Eesti_Peakonsulaat_New_Yorgis, lk 33
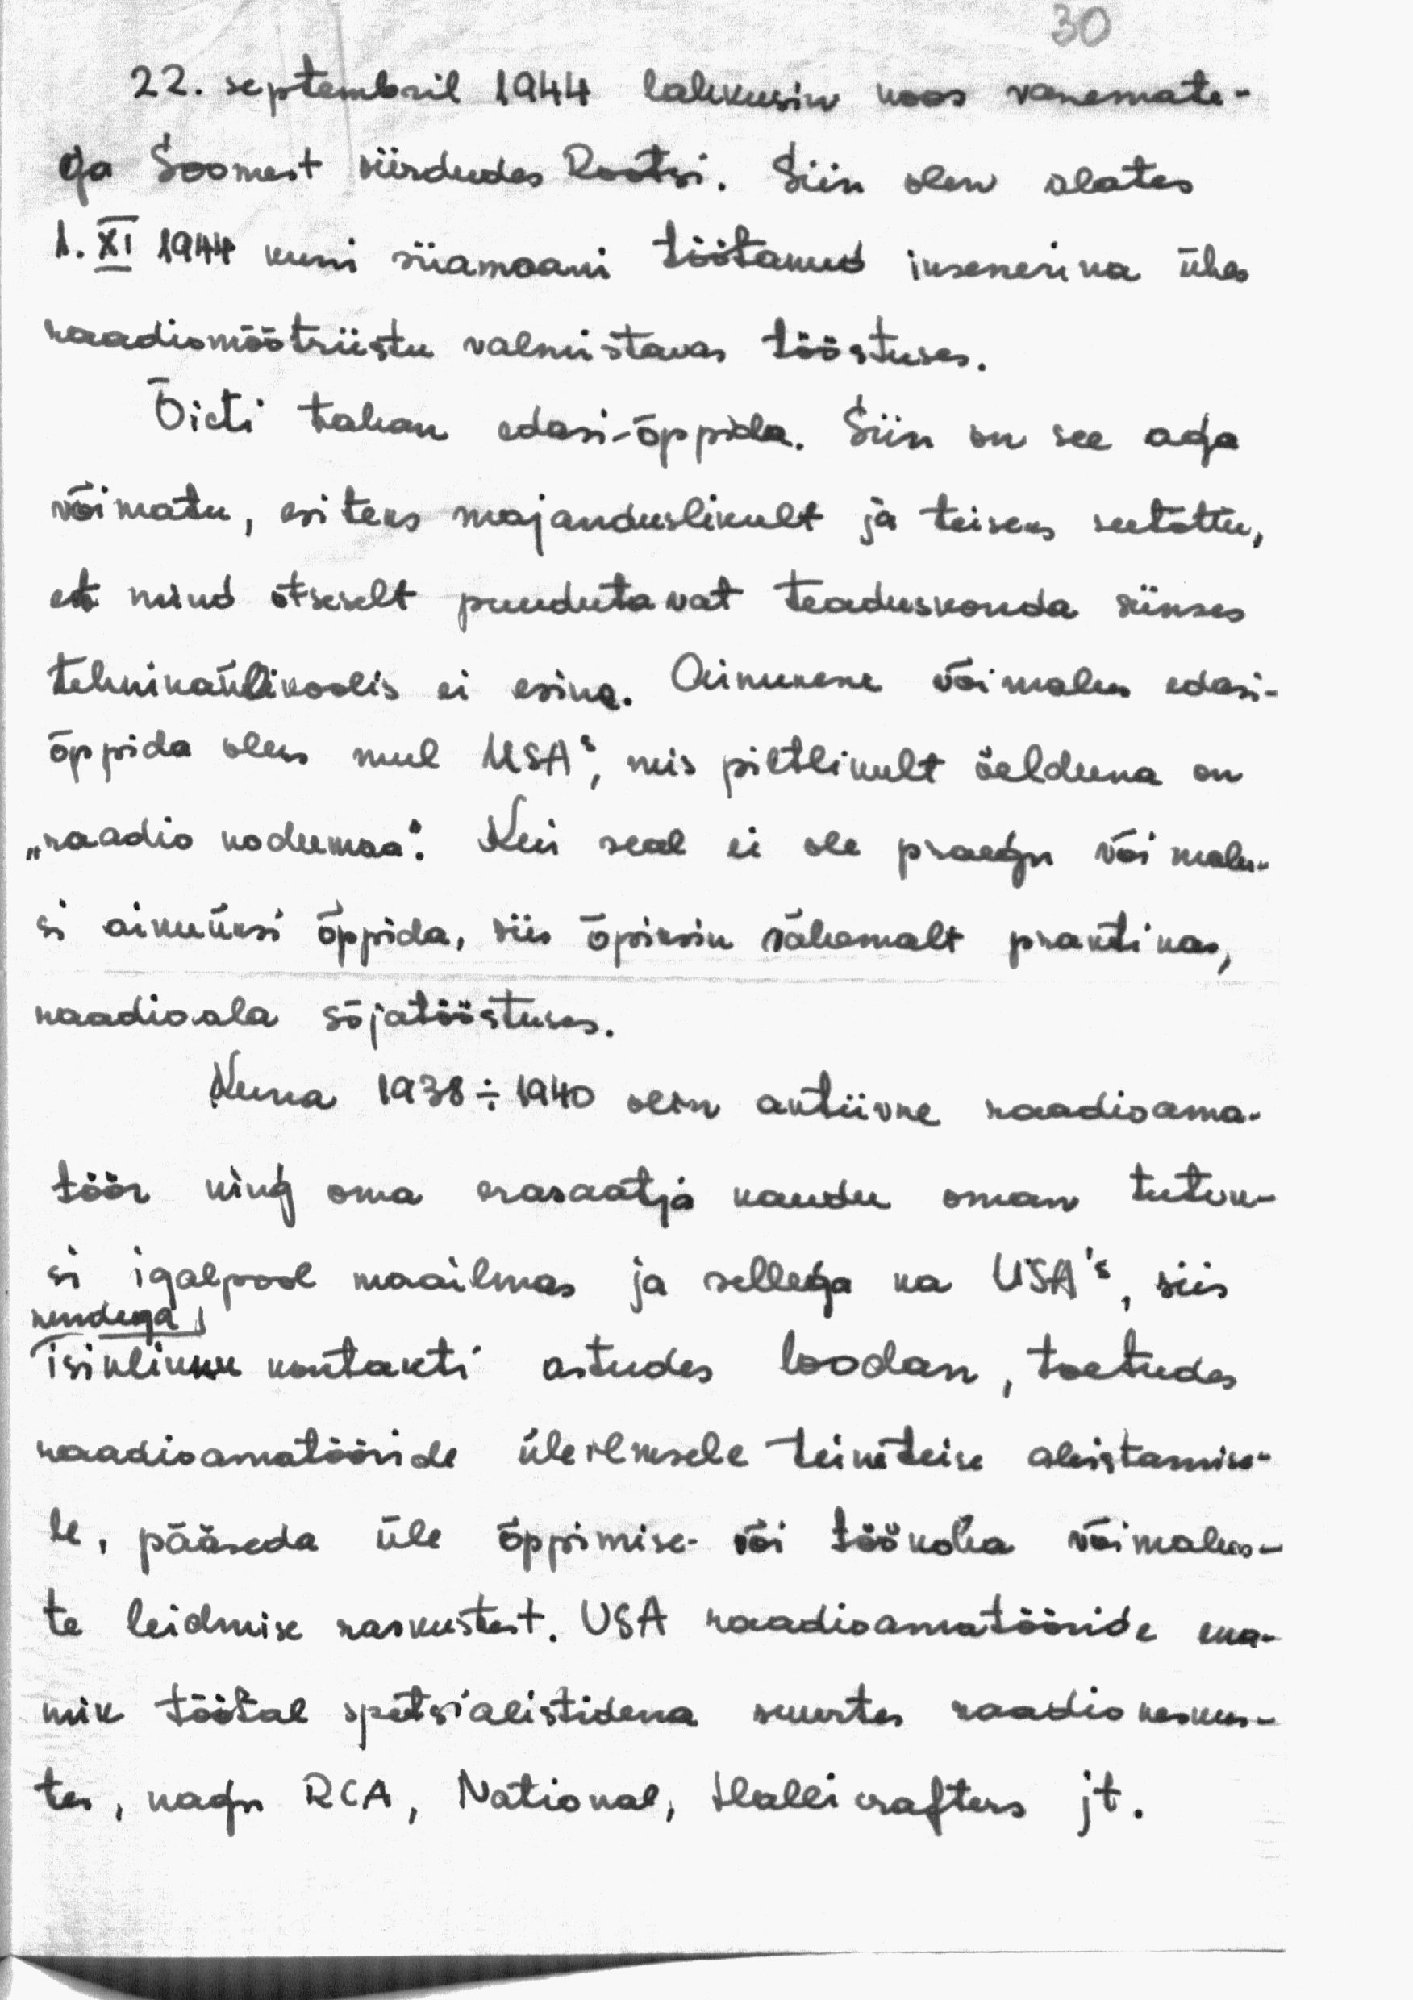
30
22. septembril 1944 lahkusin koos vanemate-
ga Soomest siirdudes Rootsi. Siin olen alates
1. XI 1944 kuni siiamaani töötanud insenerina ühes
raadiomõõtriistu valmistavas tööstuses.
Õieti tahan edasi-õppida. Siin on see aga
võimatu, esiteks majanduslikult ja teiseks seetõttu,
et mind otseselt puudutavat teaduskonda siinses
tehnikaülikoolis ei esine. Ainukene võimalus edasi-
õppida oleks mul USAs, mis piltlikult öelduna on
"raadio kodumaa". Kui seal ei ole praegu või malu-
si ainuüksi õppida, siis õpiksin vähemalt praktikas,
raadioala sõjatööstuses.
Kuna 1938 - 1940 olin aktiivne raadioama-
töör ning oma erasaatja kaudu oman tutvu-
si igalpool maailmas ja sellega ka USA's, siis
nendega
isiklikku kontakti astudes loodan, toetudes
raadioamatööride üleilmsele teineteise abistamise-
le, pääseda üle õppimise- või töökoha võimalus-
te leidmise raskustest. USA raadioamatööride ena-
mik töötab spetsialistidena suurtes raadio keskus-
tes, nagu RCA, National, Halli crafters jt.